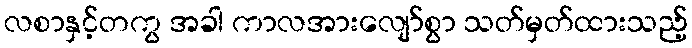
လစာနှင့်တကွ အခါ ကာလအားလျော်စွာ သတ်မှတ်ထားသည့်